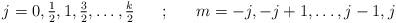
\begin{align*}\mbox{$j=0,\frac12,1,\frac32,\dots,\frac k2$}~~~~~;~~~~~m=-j,-j+1,\dots,j-1,j\end{align*}